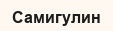
Самигулин